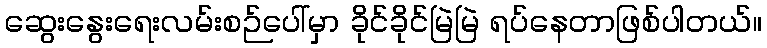
ဆွေးနွေးရေးလမ်းစဉ်ပေါ်မှာ ခိုင်ခိုင်မြဲမြဲ ရပ်နေတာဖြစ်ပါတယ်။